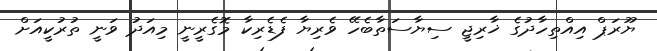
ޔޫރަޕް އިއްތިހާދުގެ ޚާރިޖީ ސިޔާސަތާބެހޭ ވެރިޔާ ފެޑެރިކާ މޮގެރީނީ މިއަދު ވަނީ ތުރުކީއަށް